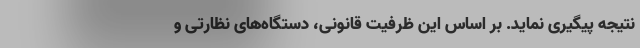
نتیجه پیگیری نماید. بر اساس این ظرفیت قانونی، دستگاه‌های نظارتی و